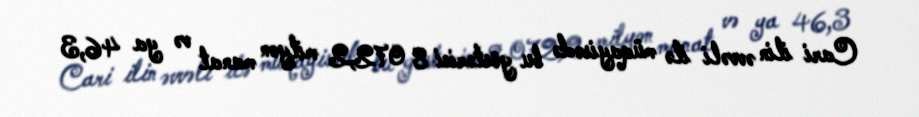
Cari ilin əvvəli ilə müqayisədə bu göstərici 8 072,2 milyon manat və ya 46,3